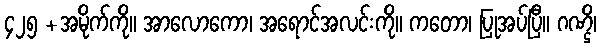
၄၂၅ +အမိုက်ကို။ အာလောကော၊ အရောင်အလင်းကို။ ကတော၊ ပြုအပ်ပြီ။ ဂဏ္ဌိ၊